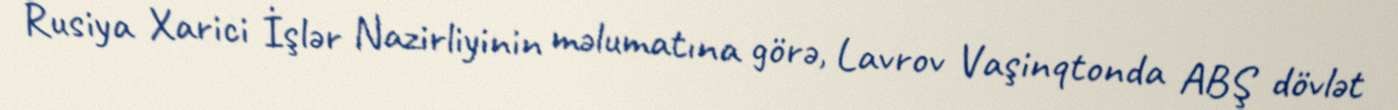
Rusiya Xarici İşlər Nazirliyinin məlumatına görə, Lavrov Vaşinqtonda ABŞ dövlət